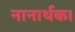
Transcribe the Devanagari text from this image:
नानार्थक।